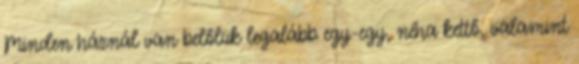
Minden háznál van belőlük legalább egy-egy, néha kettő, valamint